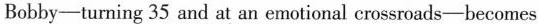
Bobby--turning 35 and at an enotional crossroads-becomes